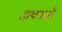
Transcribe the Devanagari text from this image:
हाथगाड़ी